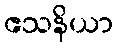
ဧသနိယာ